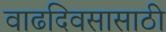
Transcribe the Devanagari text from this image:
वाढदिवसासाठी